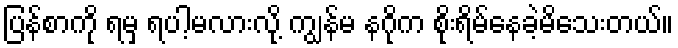
ပြန်စာကို ရမှ ရပါ့မလားလို့ ကျွန်မ နဂိုက စိုးရိမ်နေခဲ့မိသေးတယ်။